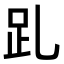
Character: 𧾹